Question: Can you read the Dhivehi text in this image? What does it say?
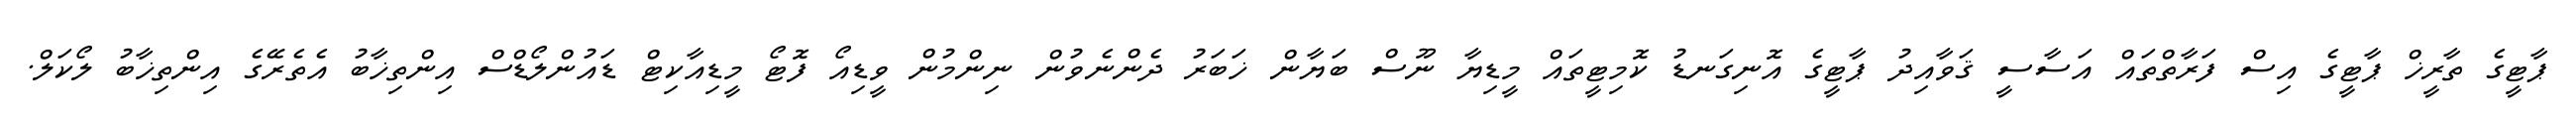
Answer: ޕާޓީގެ ތާރީޚް ޕާޓީގެ އިސް ފަރާތްތައް އަސާސީ ޤަވާއިދު ޕާޓީގެ އޮނިގަނޑު ކޮމިޓީތައް މީޑިޔާ ނޫސް ބަޔާން ޚަބަރު ދެންނެވުން ނިންމުން ވީޑިއޯ ފޮޓޯ މީޑިއާކިޓް ޑައުންލޯޑްސް އިންތިޚާބު އެތެރޭގެ އިންތިޚާބު ލޯކަލް.